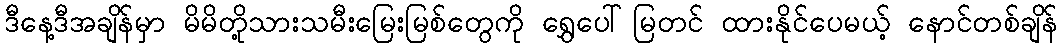
ဒီနေ့ဒီအချိန်မှာ မိမိတို့သားသမီးမြေးမြစ်တွေကို ရွှေပေါ်မြတင် ထားနိုင်ပေမယ့် နောင်တစ်ချိန်